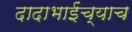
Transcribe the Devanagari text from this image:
दादाभाईंच्याच